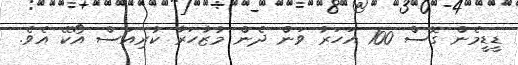
ޑީޑީމެން ގޮސް 100 އަހަރު ވަން ދެން މުޒާހަރާ ކުރިއަސް އޯކޭ އެވެ.